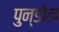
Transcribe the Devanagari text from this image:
पुन्डोल